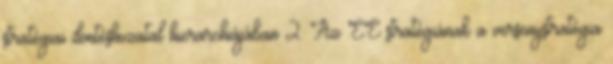
stratégiai döntéshozatal hierarchiájában 2. Az EE stratégiának a versenystratégia